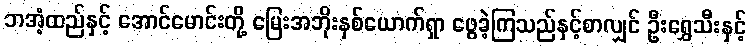
ဘအံ့ထည်နှင့် အောင်မောင်းတို့ မြေးအဘိုးနှစ်ယောက်ရှာ ဖွေခဲ့ကြသည်နှင့်စာလျှင် ဦးရွှေသီးနှင့်